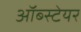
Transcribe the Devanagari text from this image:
ऑब्स्टेयर